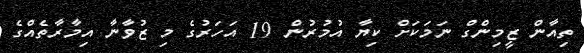
ތިއާން ޒީމިންގް ނަމަކަށް ކިޔާ އުމުރުން 19 އަހަރުގެ މި ޒުވާނާ އިމާރާތެއްގެ